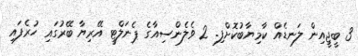
3 ބީޖީއިން ލަނޑެއް ކާމިޔާބުކޮށްފި. 2 ވެލެންސިއާގެ ޕެނަލްޓީ އޭރިޔާ ބޭރުގައި ހުރެފައި